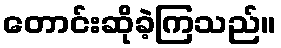
တောင်းဆိုခဲ့ကြသည်။